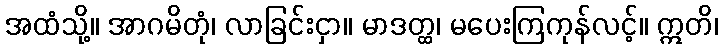
အထံသို့။ အာဂမိတုံ၊ လာခြင်းငှာ။ မာဒတ္ထ၊ မပေးကြကုန်လင့်။ ဣတိ၊